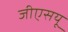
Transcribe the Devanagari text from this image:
जीएसयू